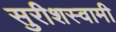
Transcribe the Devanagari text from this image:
सुरीशस्वामी